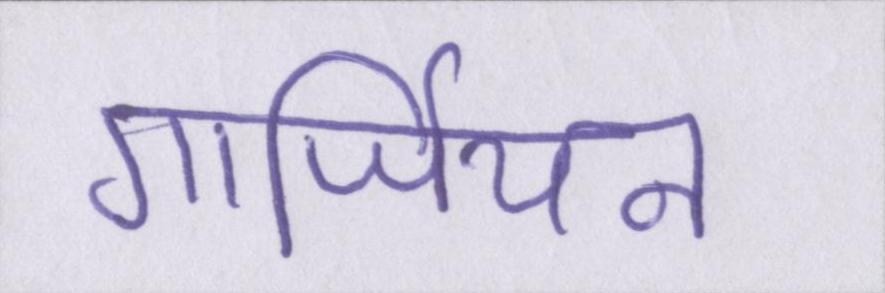
गार्जियन